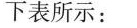
下表所示：